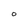
Character: O